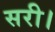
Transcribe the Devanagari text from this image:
सरी।